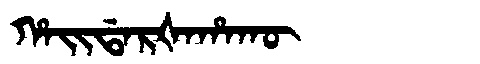
Manchu: ᡥᠠᡳᡩᠠᡵᡧᠠᡥᠠᡴᡡ
Romanization: HAIDARŠAHAKŪ